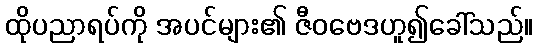
ထိုပညာရပ်ကို အပင်များ၏ ဇီဝဗေဒဟူ၍ခေါ်သည်။